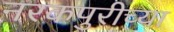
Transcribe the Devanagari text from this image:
नरकपुरीच्या